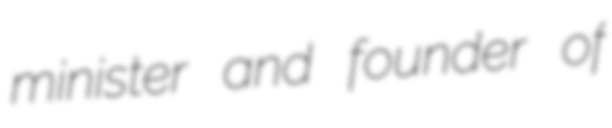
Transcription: minister and founder of